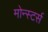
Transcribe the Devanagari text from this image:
मोन्स्टर्स